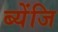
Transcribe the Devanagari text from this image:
ब्येंजि